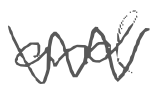
Text: and
Cross-out: zig-zag
Writing tool: digital_gray